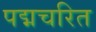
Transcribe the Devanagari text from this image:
पद्मचरित